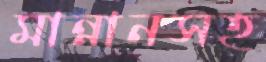
মান্নানসহ